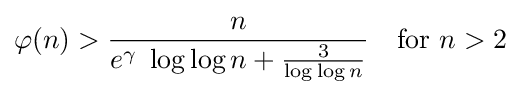
\varphi (n)>{\frac {n}{e^{\gamma }\;\log \log n+{\frac {3}{\log \log n}}}}\quad {\text{for }}n>2